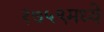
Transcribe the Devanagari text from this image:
१७५९मध्ये